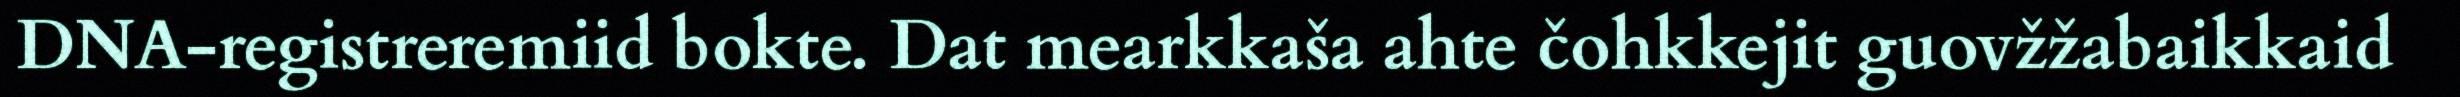
DNA-registreremiid bokte. Dat mearkkaša ahte čohkkejit guovžžabaikkaid